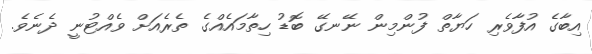
އިބާގެ އުފާވެރި ހަޔާތް ފުންމިން ނޭނގޭ ބޮޑު ހިތާމައެއްގެ ތެރެއަށް ވެއްޓުނީ ދެނެވެ.